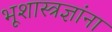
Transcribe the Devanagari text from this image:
भूशास्त्रज्ञांना